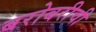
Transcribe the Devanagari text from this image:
बरोबरीची